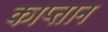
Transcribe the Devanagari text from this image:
काप्तान